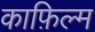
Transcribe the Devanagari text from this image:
काफ़िल्म